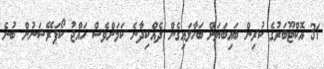
31 އޮކްޓޫބަރުގެ ކުރިން ބައިބަޔަށް ބަހާލައިގެން ދެއްކިދާނެ ކަމަށްވެސް ހައްޖު ކޯޕަރޭޝަނުން ބުނެ